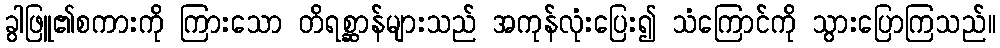
ခွါဖြူ၏စကားကို ကြားသော တိရစ္ဆာန်များသည် အကုန်လုံးပြေး၍ သံကြောင်ကို သွားပြောကြသည်။